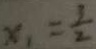
x _ { 1 } = \frac { 3 } { 2 }